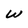
Character: W